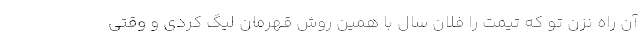
آن راه نزن تو که تیمت را فلان سال با همین روش قهرمان لیگ کردی و وقتی